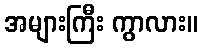
အများကြီး ကွာလား။